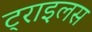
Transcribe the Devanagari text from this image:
ट्राइलस